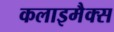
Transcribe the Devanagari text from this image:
कलाइमैक्स